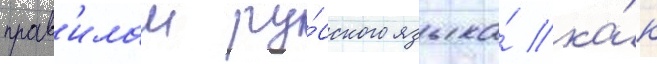
прав'илам ру́сского языка́ ка́к